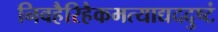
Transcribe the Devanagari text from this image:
निवहैरिहैकमत्याद्यददुष्टं